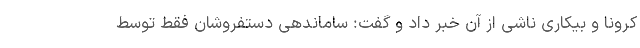
کرونا و بیکاری ناشی از آن خبر داد و گفت: ساماندهی دستفروشان فقط توسط